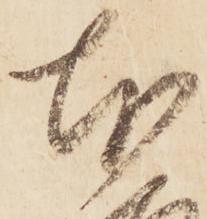
本